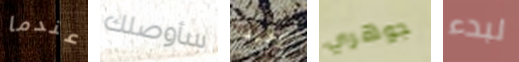
عندما سأوصلك أستريد جوهري لبدء